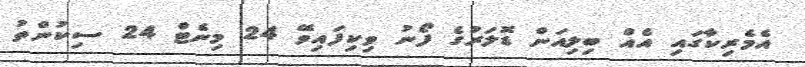
އެމެރިކާގައި އެއް ބިލިއަން ޑޮލަރުގެ ފޯނު ވިކިފައިވޭ 24 މިނެޓް 24 ސިކުންތު